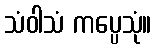
သံဝါသံ ကပ္ပေသုံ။